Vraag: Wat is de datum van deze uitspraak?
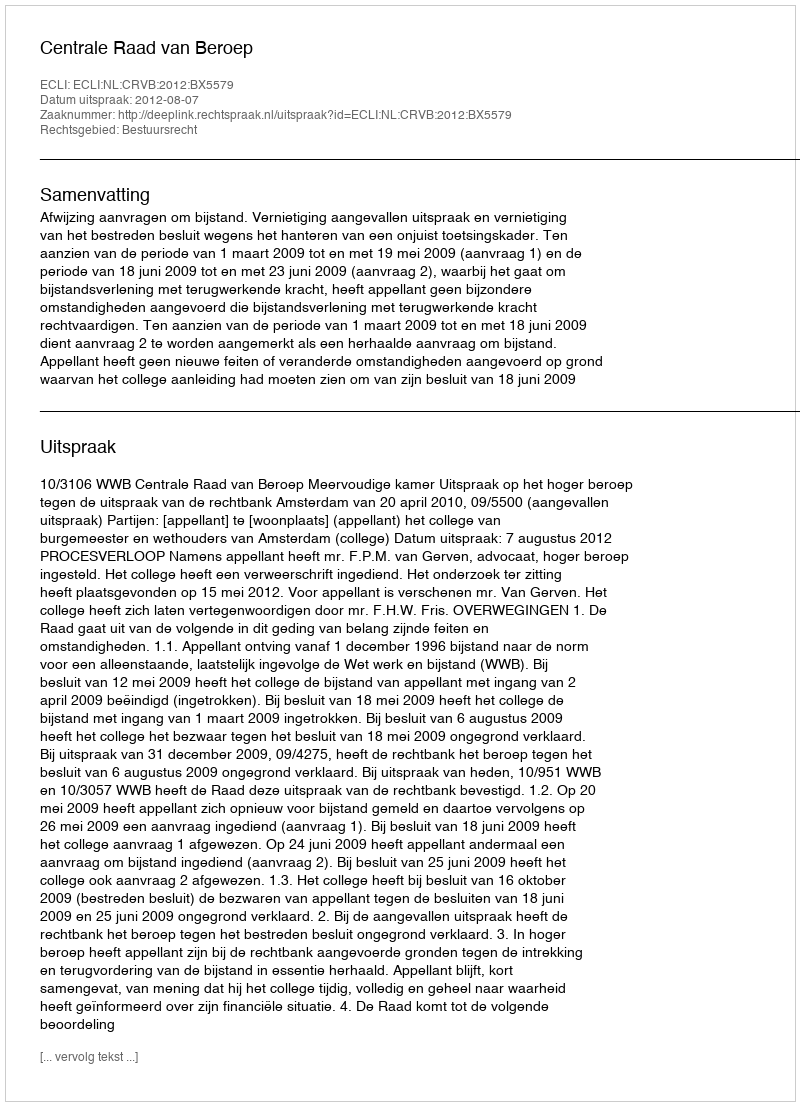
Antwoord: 2012-08-07